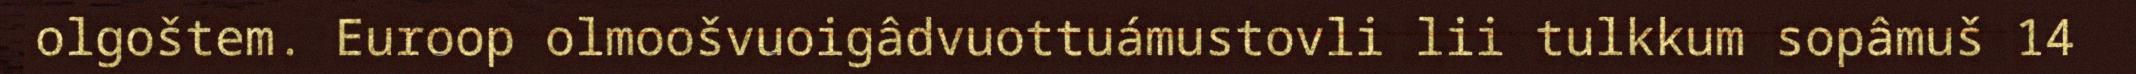
olgoštem. Euroop olmoošvuoigâdvuottuámustovli lii tulkkum sopâmuš 14